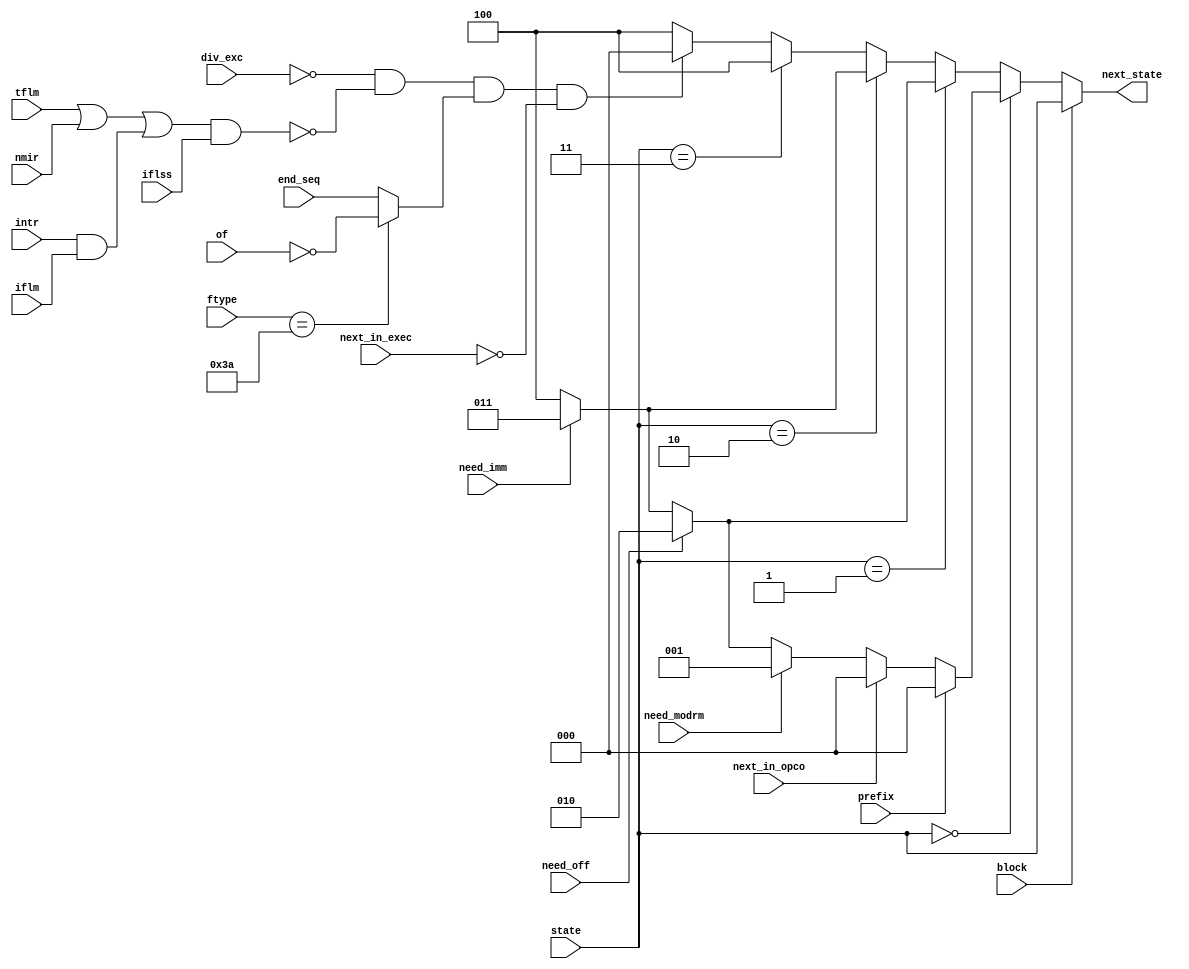
/*
 *  Next state calculation for fetch FSM
 *  Copyright (C) 2010  Zeus Gomez Marmolejo <zeus@aluzina.org>
 *
 *  This file is part of the Zet processor. This processor is free
 *  hardware; you can redistribute it and/or modify it under the terms of
 *  the GNU General Public License as published by the Free Software
 *  Foundation; either version 3, or (at your option) any later version.
 *
 *  Zet is distrubuted in the hope that it will be useful, but WITHOUT
 *  ANY WARRANTY; without even the implied warranty of MERCHANTABILITY
 *  or FITNESS FOR A PARTICULAR PURPOSE. See the GNU General Public
 *  License for more details.
 *
 *  You should have received a copy of the GNU General Public License
 *  along with Zet; see the file COPYING. If not, see
 *  <http://www.gnu.org/licenses/>.
 */

module zet_nstate (
    input [2:0] state,
    input prefix,
    input need_modrm,
    input need_off,
    input need_imm,
    input end_seq,
    input [5:0] ftype,
    input of,
    input next_in_opco,
    input next_in_exec,
    input block,
    input div_exc,
    input tflm,
    input intr,
    input iflm,
    input nmir,
    input iflss,
    output [2:0] next_state
  );

  // Net declarations
  parameter opcod_st = 3'h0;
  parameter modrm_st = 3'h1;
  parameter offse_st = 3'h2;
  parameter immed_st = 3'h3;
  parameter execu_st = 3'h4;
  wire into, end_instr, end_into;
  wire [2:0] n_state;
  wire       intr_iflm;
  wire       intrs_tni;

  // Assignments
  assign into = (ftype==6'b111_010);
  assign end_into = into ? ~of : end_seq;
  assign end_instr = !div_exc && !intrs_tni && end_into && !next_in_exec;
  assign intr_iflm = intr & iflm;
  assign intrs_tni = (tflm | nmir | intr_iflm) & iflss;

  assign n_state = (state == opcod_st) ? (prefix ? opcod_st
                         : (next_in_opco ? opcod_st
                         : (need_modrm ? modrm_st
                         : (need_off ? offse_st
                         : (need_imm ? immed_st : execu_st)))))
                     : (state == modrm_st) ? (need_off ? offse_st
                                           : (need_imm ? immed_st : execu_st))
                     : (state == offse_st) ? (need_imm ? immed_st : execu_st)
                     : (state == immed_st) ? (execu_st)
   /* state == execu_st */ : (end_instr ? opcod_st : execu_st);

  assign next_state = block ? state : n_state;
endmodule